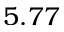
5 . 7 7